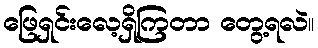
ဖြေရှင်းလေ့ရှိကြတာ တွေ့ရလဲ။